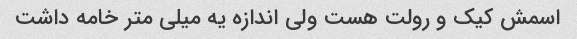
اسمش کیک و رولت هست ولی اندازه یه میلی متر خامه داشت